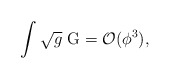
\begin{align*}\int \sqrt{g}\ {\rm G}={\cal O}(\phi ^{3}), \end{align*}